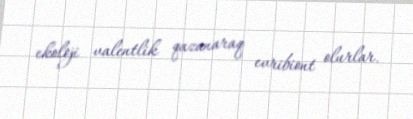
ekoloji valentlik qazanaraq evribiont olurlar.